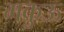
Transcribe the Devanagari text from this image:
मकुऊ